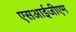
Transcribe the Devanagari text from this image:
एसआईजीएम